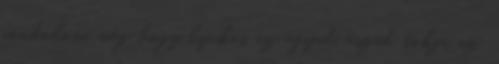
gondolom. még hogy lyukas az agyad, eszed tokja az.